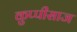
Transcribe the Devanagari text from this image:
कुप्पीसाज